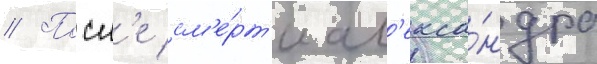
// Посл'е см'е́рт'и ал'екса́ндра